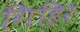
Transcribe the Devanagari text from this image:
गिहिर